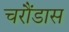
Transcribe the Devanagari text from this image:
चरौंडास